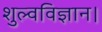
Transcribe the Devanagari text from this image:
शुल्वविज्ञान।